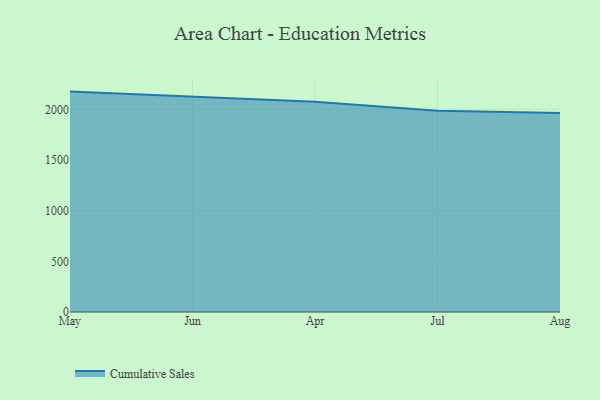
{"axis": {"x": "Month", "y": "Shipments"}, "legend": ["Cumulative Sales"], "data": [{"x": "May", "y": 2174.7, "type": "Cumulative Sales"}, {"x": "Jun", "y": 2125.6, "type": "Cumulative Sales"}, {"x": "Apr", "y": 2075.4, "type": "Cumulative Sales"}, {"x": "Jul", "y": 1986.4, "type": "Cumulative Sales"}, {"x": "Aug", "y": 1962.6, "type": "Cumulative Sales"}]}